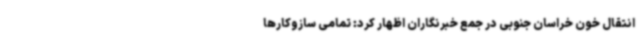
انتقال خون خراسان جنوبی در جمع خبرنگاران اظهار کرد: تمامی سازوکارها